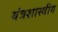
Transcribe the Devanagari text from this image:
यंत्रशास्त्रीय